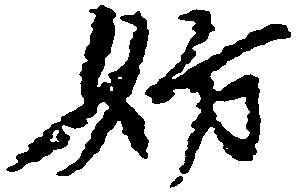
妨